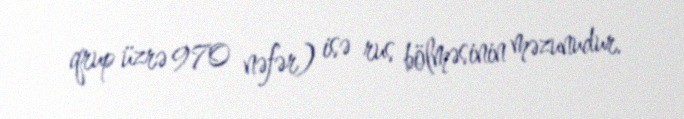
qrup üzrə 970 nəfər) isə rus bölməsinin məzunudur.